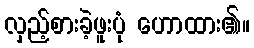
လှည့်စားခဲ့ဖူးပုံ ဟောထား၏။